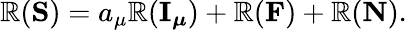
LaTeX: \mathbb{R}({\mathbf{S}})=a_{\mu}\mathbb{R}({\mathbf{I}_{\boldsymbol\mu}})+\mathbb{R}({\mathbf{F}})+\mathbb{R}({\mathbf{N}}).